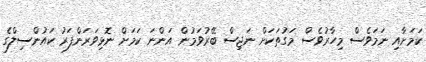
ކަމަށާއި ނަމަވެސް މިހާރުވެސް މަގުތަކަށް ނަޖިސް ބޭރުވަމުން އަންނަ ކަމަށް ނޮޅިވަރަންފަރު ކައުންސިލްގެ